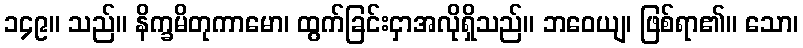
၁၄၉။ သည်။ နိက္ခမိတုကာမော၊ ထွက်ခြင်းငှာအလိုရှိသည်။ ဘဝေယျ၊ ဖြစ်ရာ၏။ သော၊